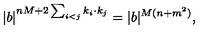
| b | ^ { n M + 2 \sum _ { i < j } k _ { i } \cdot k _ { j } } = | b | ^ { M ( n + m ^ { 2 } ) } ,